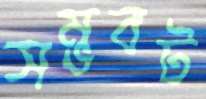
সম্ভবট